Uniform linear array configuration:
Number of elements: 16
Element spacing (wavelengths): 0.25
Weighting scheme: exponential
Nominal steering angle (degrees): -15
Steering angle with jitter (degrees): -16.788
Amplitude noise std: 0.05
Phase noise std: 0.05

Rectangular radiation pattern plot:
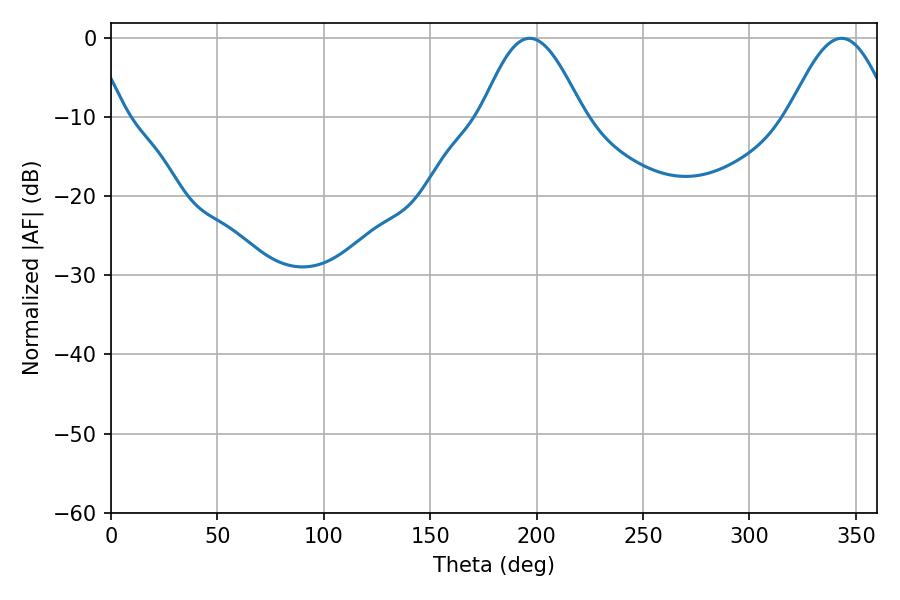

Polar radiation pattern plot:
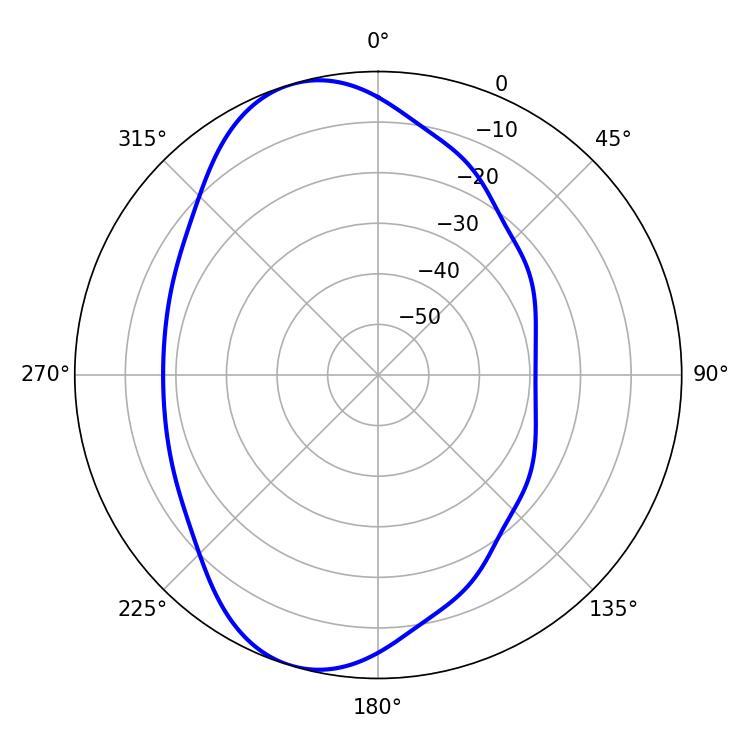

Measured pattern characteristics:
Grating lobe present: FALSE
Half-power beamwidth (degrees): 25.56
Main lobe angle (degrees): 196.74